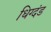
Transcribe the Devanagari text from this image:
धिग्दंड